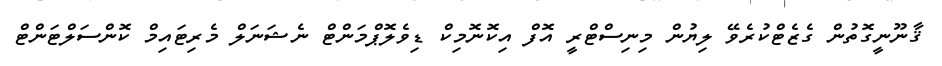
ޤާނޫނީގޮތުން ގެޒެޓްކުރެވޭ ލިޔުން މިނިސްޓްރީ އޮފް އިކޮނޮމިކް ޑިވެލޮޕްމަންޓް ނެޝަނަލް މެރިޓައިމް ކޮންސަލްޓަންޓް